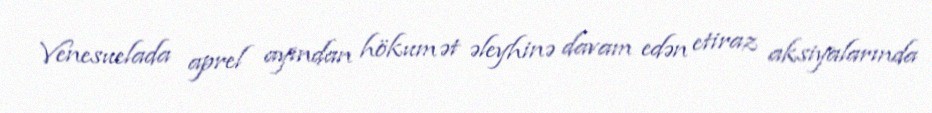
Venesuelada aprel ayından hökumət əleyhinə davam edən etiraz aksiyalarında